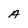
Character: A